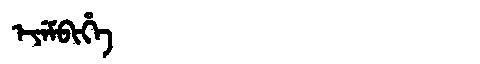
Manchu: ᡝᠶᡝᠮᠪᡳᡥᡝ
Romanization: EYEMBIHE